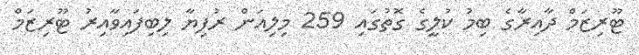
ޓޫރިޒަމް ދާއިރާގެ ބިމު ކުލީގެ ގޮތުގައި 259 މިލިއަން ރުފިޔާ ލިބިފައިވާއިރު ޓޫރިޒަމް